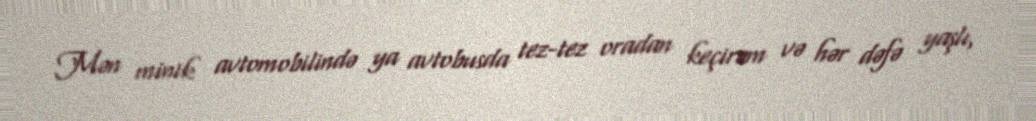
Mən minik avtomobilində ya avtobusda tez-tez oradan keçirəm və hər dəfə yaşlı,